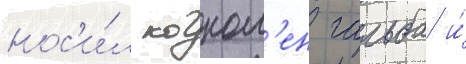
нос'и́л когном'ен гальба и́